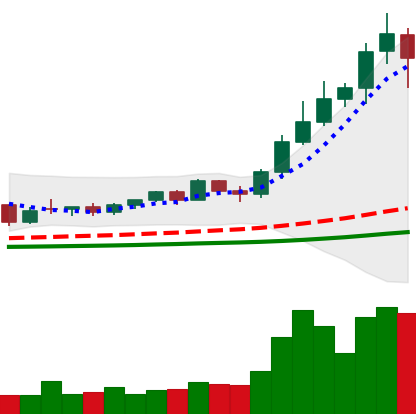
Ticker: NEO-USD
Chart end date: 2021-02-15
Forward return: 6.174%
Label: up_5_7